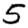
Digit: 5